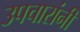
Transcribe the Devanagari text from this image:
उपचारांनीं